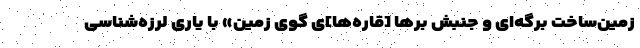
زمین‌ساخت برگه‌ای و جنبش برها [قاره‌ها]ی گوی زمین» با یاری لرزه‌شناسی